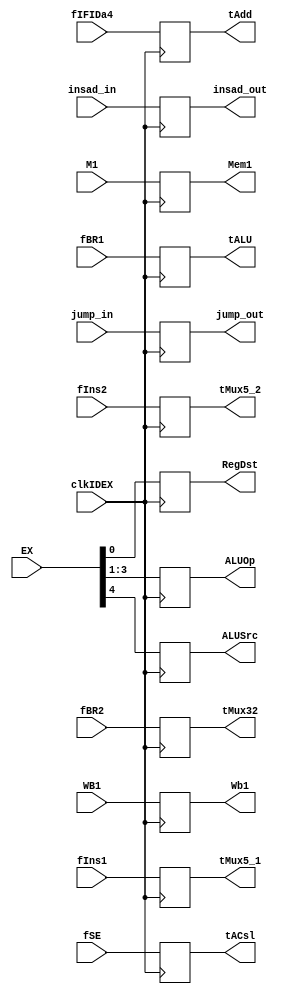
`timescale 1ns/1ns

module IDEX(
	input clkIDEX,
	input [1:0]WB1,					//Wb1
	input [2:0]M1,					//Mem1
	input [4:0]EX,					//RegDst / ALUOp / ALUSrc	
	input [31:0]fIFIDa4,					//tAdd
	input [31:0]fBR1,				//tALU
	input [31:0]fBR2,				//tMux32
	input [31:0]fSE,				//tACsl
	input [4:0]fIns1,				//tMux5_1
	input [4:0]fIns2,				//tMux5_2
	input jump_in,
	input [25:0]insad_in,
	output reg[1:0]Wb1,
	output reg[2:0]Mem1,
	output reg RegDst,
	output reg[2:0]ALUOp,
	output reg ALUSrc,
	output reg[31:0]tAdd,
	output reg[31:0]tALU,
	output reg[31:0]tMux32,
	output reg[31:0]tACsl,
	output reg[4:0]tMux5_1,
	output reg[4:0]tMux5_2,
	output reg jump_out,
	output reg [25:0]insad_out
);

always @(posedge clkIDEX) 
begin
	Wb1 = WB1;
	Mem1 = M1;
	RegDst = EX[0];
	ALUOp = EX[3:1];
	ALUSrc = EX[4];
	tAdd = fIFIDa4;
	tALU = fBR1;
	tMux32 = fBR2;
	tACsl = fSE;
	tMux5_1	= fIns1;
	tMux5_2 = fIns2;
	jump_out = jump_in;
	insad_out = insad_in;
end

endmodule